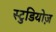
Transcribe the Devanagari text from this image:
स्टुडियोज़